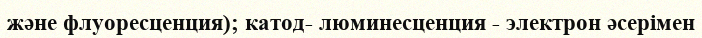
және флуоресценция); катод- люминесценция - электрон әсерімен